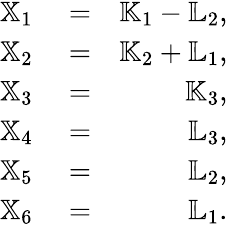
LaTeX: \begin{array}{rlr}{{\mathbb X}_{1}}&{{}=}&{{\mathbb K}_{1}-{\mathbb L}_{2},}\\ {{\mathbb X}_{2}}&{{}=}&{{\mathbb K}_{2}+{\mathbb L}_{1},}\\ {{\mathbb X}_{3}}&{{}=}&{{\mathbb K}_{3},}\\ {{\mathbb X}_{4}}&{{}=}&{{\mathbb L}_{3},}\\ {{\mathbb X}_{5}}&{{}=}&{{\mathbb L}_{2},}\\ {{\mathbb X}_{6}}&{{}=}&{{\mathbb L}_{1}.}\end{array}